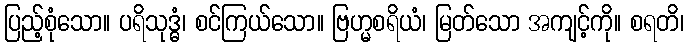
ပြည့်စုံသော။ ပရိသုဒ္ဓံ၊ စင်ကြယ်သော။ ဗြဟ္မစရိယံ၊ မြတ်သော အကျင့်ကို။ စရတိ၊